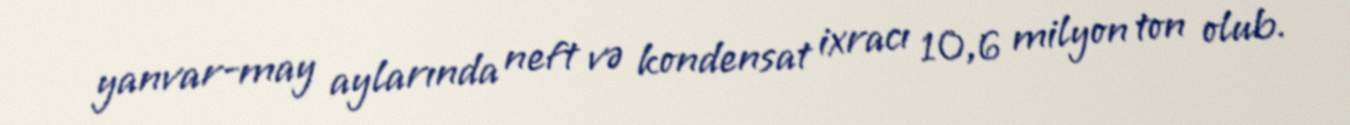
yanvar-may aylarında neft və kondensat ixracı 10,6 milyon ton olub.